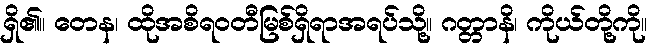
ရှိ၏။ တေန၊ ထိုအစိရဝတီမြစ်ရှိရာအရပ်သို့။ ဂတ္တာနိ၊ ကိုယ်တို့ကို။